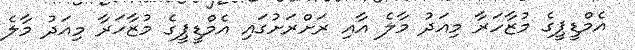
އެމްޑީޕީގެ މުޒާހަރާ މިއަދު މާލެ އާއި ރަށްރަށުގައި އެމްޑީޕީގެ މުޒާހަރާ މިއަދު މާލެ